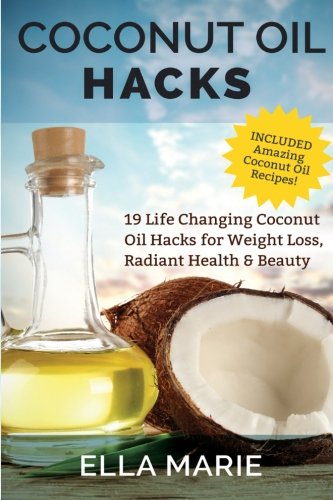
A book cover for Coconut Oil Hacks: 19 Life Changing Coconut Oil Hacks for Weight Loss, Radiant Health & Beauty Including Amazing Coconut Oil Recipes; Ella Marie; Cookbooks, Food & Wine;